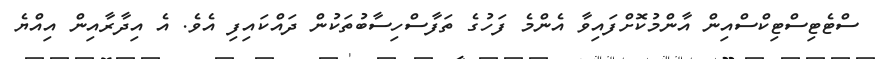
ސްޓެޓިސްޓިކްސްއިން އާންމުކޮށްފައިވާ އެންމެ ފަހުގެ ތަފާސްހިސާބުތަކުން ދައްކައިފި އެވެ. އެ އިދާރާއިން އިއްޔެ